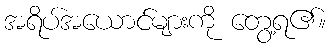
အရိပ်အယောင်များကို တွေ့ရ၏။